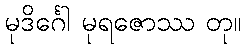
မုဒိင်္ဂေါ မုရဇောဿ တု။